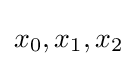
x_{0},x_{1},x_{2}